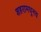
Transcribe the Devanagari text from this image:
शहरामधूनच